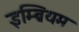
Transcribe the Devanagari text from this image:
इम्ब्रियम